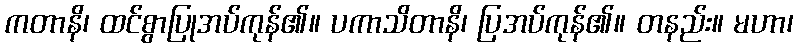
ကတာနိ၊ ထင်စွာပြုအပ်ကုန်၏။ ပကာသိတာနိ၊ ပြအပ်ကုန်၏။ တနည်း။ မဟာ၊